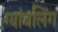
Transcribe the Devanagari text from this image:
ग्यांबलिंग